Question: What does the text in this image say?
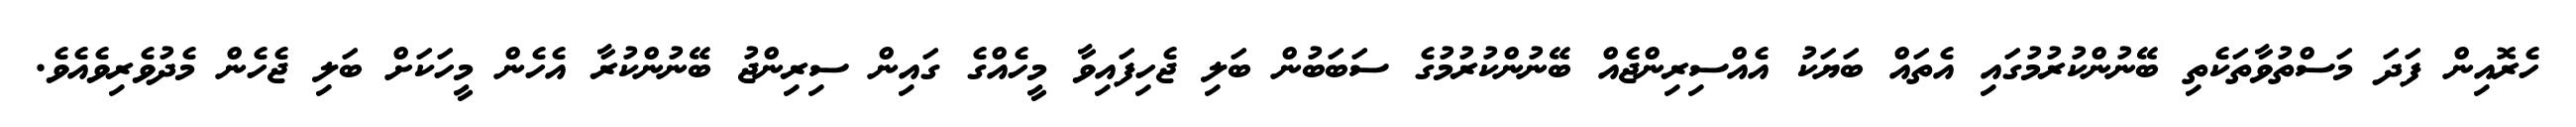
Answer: ހެރޮއިން ފަދަ މަސްތުވާތަކެތި ބޭނުންކުރުމުގައި އެތައް ބަޔަކު އެއްސިރިންޖެއް ބޭނުންކުރުމުގެ ސަބަބުން ބަލި ޖެހިފައިވާ މީހެއްގެ ގައިން ސިރިންޖު ބޭނުންކުރާ އެހެން މީހަކަށް ބަލި ޖެހެން މެދުވެރިވެއެވެ.